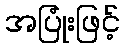
အပြုံးဖြင့်